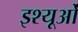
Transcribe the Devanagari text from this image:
इश्यूओं